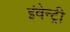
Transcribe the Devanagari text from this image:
इंवेन्ट्री